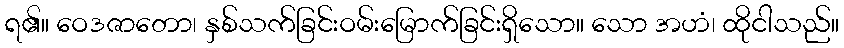
ရ၏။ ဝေဒဇာတော၊ နှစ်သက်ခြင်းဝမ်းမြောက်ခြင်းရှိသော။ သော အဟံ၊ ထိုငါသည်။